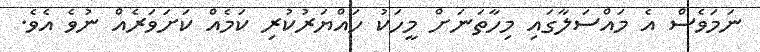
ނަމަވެސް އެ މައްސަލާގައި މިހާތަނަށް މީހަކު ހައްޔަރުކުރި ކަމެއް ކަށަވަރެއް ނުވެ އެވެ.